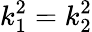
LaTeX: k_{1}^{2}=k_{2}^{2}